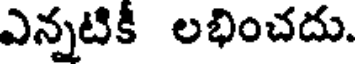
ఎన్నటికీ లభించదు.